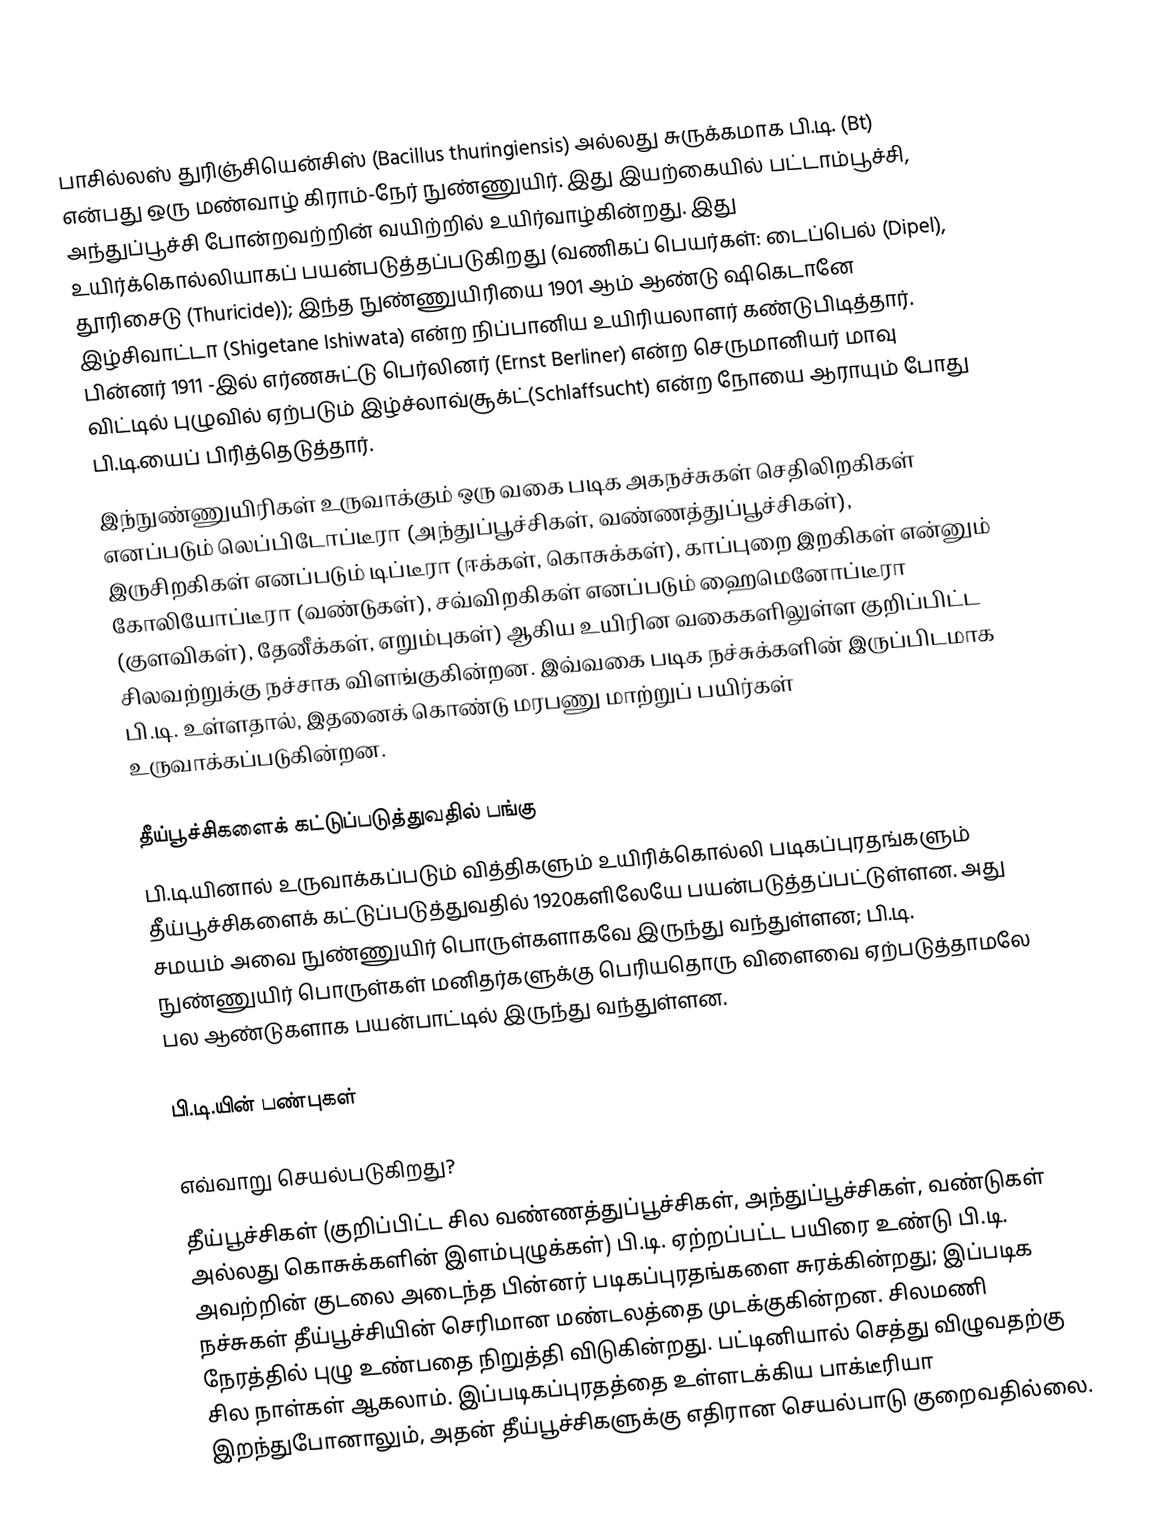
பாசில்லஸ் துரிஞ்சியென்சிஸ் (Bacillus thuringiensis) அல்லது சுருக்கமாக பி.டி. (Bt) என்பது ஒரு மண்வாழ் கிராம்-நேர் நுண்ணுயிர். இது இயற்கையில் பட்டாம்பூச்சி, அந்துப்பூச்சி போன்றவற்றின் வயிற்றில் உயிர்வாழ்கின்றது. இது உயிர்க்கொல்லியாகப் பயன்படுத்தப்படுகிறது (வணிகப் பெயர்கள்: டைப்பெல் (Dipel), தூரிசைடு (Thuricide)); இந்த நுண்ணுயிரியை 1901 ஆம் ஆண்டு ஷிகெடானே இழ்சிவாட்டா (Shigetane Ishiwata) என்ற நிப்பானிய உயிரியலாளர் கண்டுபிடித்தார். பின்னர் 1911 -இல் எர்ணசுட்டு பெர்லினர் (Ernst Berliner) என்ற செருமானியர் மாவு விட்டில் புழுவில் ஏற்படும் இழ்ச்லாவ்சூக்ட்(Schlaffsucht)  என்ற நோயை ஆராயும் போது பி.டி.யைப் பிரித்தெடுத்தார்.
இந்நுண்ணுயிரிகள் உருவாக்கும் ஒரு வகை படிக அகநச்சுகள் செதிலிறகிகள் எனப்படும் லெப்பிடோப்டீரா (அந்துப்பூச்சிகள், வண்ணத்துப்பூச்சிகள்), இருசிறகிகள் எனப்படும் டிப்டீரா (ஈக்கள், கொசுக்கள்), காப்புறை இறகிகள் என்னும் கோலியோப்டீரா (வண்டுகள்), சவ்விறகிகள் எனப்படும் ஹைமெனோப்டீரா (குளவிகள்), தேனீக்கள், எறும்புகள்) ஆகிய உயிரின வகைகளிலுள்ள குறிப்பிட்ட சிலவற்றுக்கு நச்சாக விளங்குகின்றன. இவ்வகை படிக நச்சுக்களின் இருப்பிடமாக பி.டி. உள்ளதால், இதனைக் கொண்டு மரபணு மாற்றுப் பயிர்கள் உருவாக்கப்படுகின்றன.

தீய்பூச்சிகளைக் கட்டுப்படுத்துவதில் பங்கு
பி.டி.யினால் உருவாக்கப்படும் வித்திகளும் உயிரிக்கொல்லி படிகப்புரதங்களும் தீய்பூச்சிகளைக் கட்டுப்படுத்துவதில் 1920களிலேயே பயன்படுத்தப்பட்டுள்ளன. அது சமயம் அவை நுண்ணுயிர் பொருள்களாகவே இருந்து வந்துள்ளன; பி.டி. நுண்ணுயிர் பொருள்கள் மனிதர்களுக்கு பெரியதொரு விளைவை ஏற்படுத்தாமலே பல ஆண்டுகளாக பயன்பாட்டில் இருந்து வந்துள்ளன.

பி.டி.யின் பண்புகள்

எவ்வாறு செயல்படுகிறது?
தீய்பூச்சிகள் (குறிப்பிட்ட சில வண்ணத்துப்பூச்சிகள், அந்துப்பூச்சிகள், வண்டுகள் அல்லது கொசுக்களின் இளம்புழுக்கள்) பி.டி. ஏற்றப்பட்ட பயிரை உண்டு பி.டி. அவற்றின் குடலை அடைந்த பின்னர் படிகப்புரதங்களை சுரக்கின்றது; இப்படிக நச்சுகள் தீய்பூச்சியின் செரிமான மண்டலத்தை முடக்குகின்றன. சிலமணி நேரத்தில் புழு உண்பதை நிறுத்தி விடுகின்றது. பட்டினியால் செத்து விழுவதற்கு சில நாள்கள் ஆகலாம். இப்படிகப்புரதத்தை உள்ளடக்கிய பாக்டீரியா இறந்துபோனாலும், அதன் தீய்பூச்சிகளுக்கு எதிரான செயல்பாடு குறைவதில்லை.